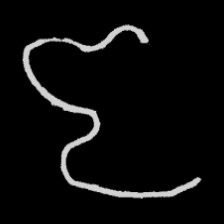
Pyu character \u2014 Myanmar letter: ဇ (romanized: ja)